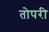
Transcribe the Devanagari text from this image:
तोपरी